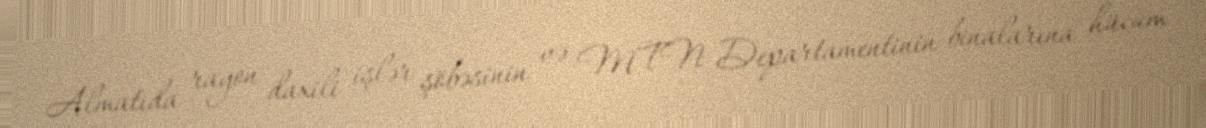
Almatıda rayon daxili işlər şöbəsinin və MTN Departamentinin binalarına hücum